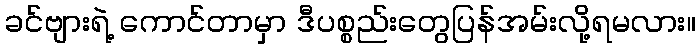
ခင်ဗျားရဲ့ ကောင်တာမှာ ဒီပစ္စည်းတွေပြန်အမ်းလို့ရမလား။